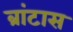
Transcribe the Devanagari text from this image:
ब्रांटास